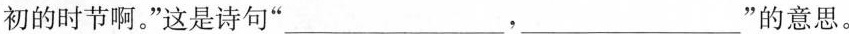
初的时节啊。”这是诗句”___，___”的意思。